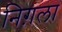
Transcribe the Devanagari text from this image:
निग़ला